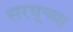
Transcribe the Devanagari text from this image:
सरयूच्या